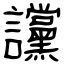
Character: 讜